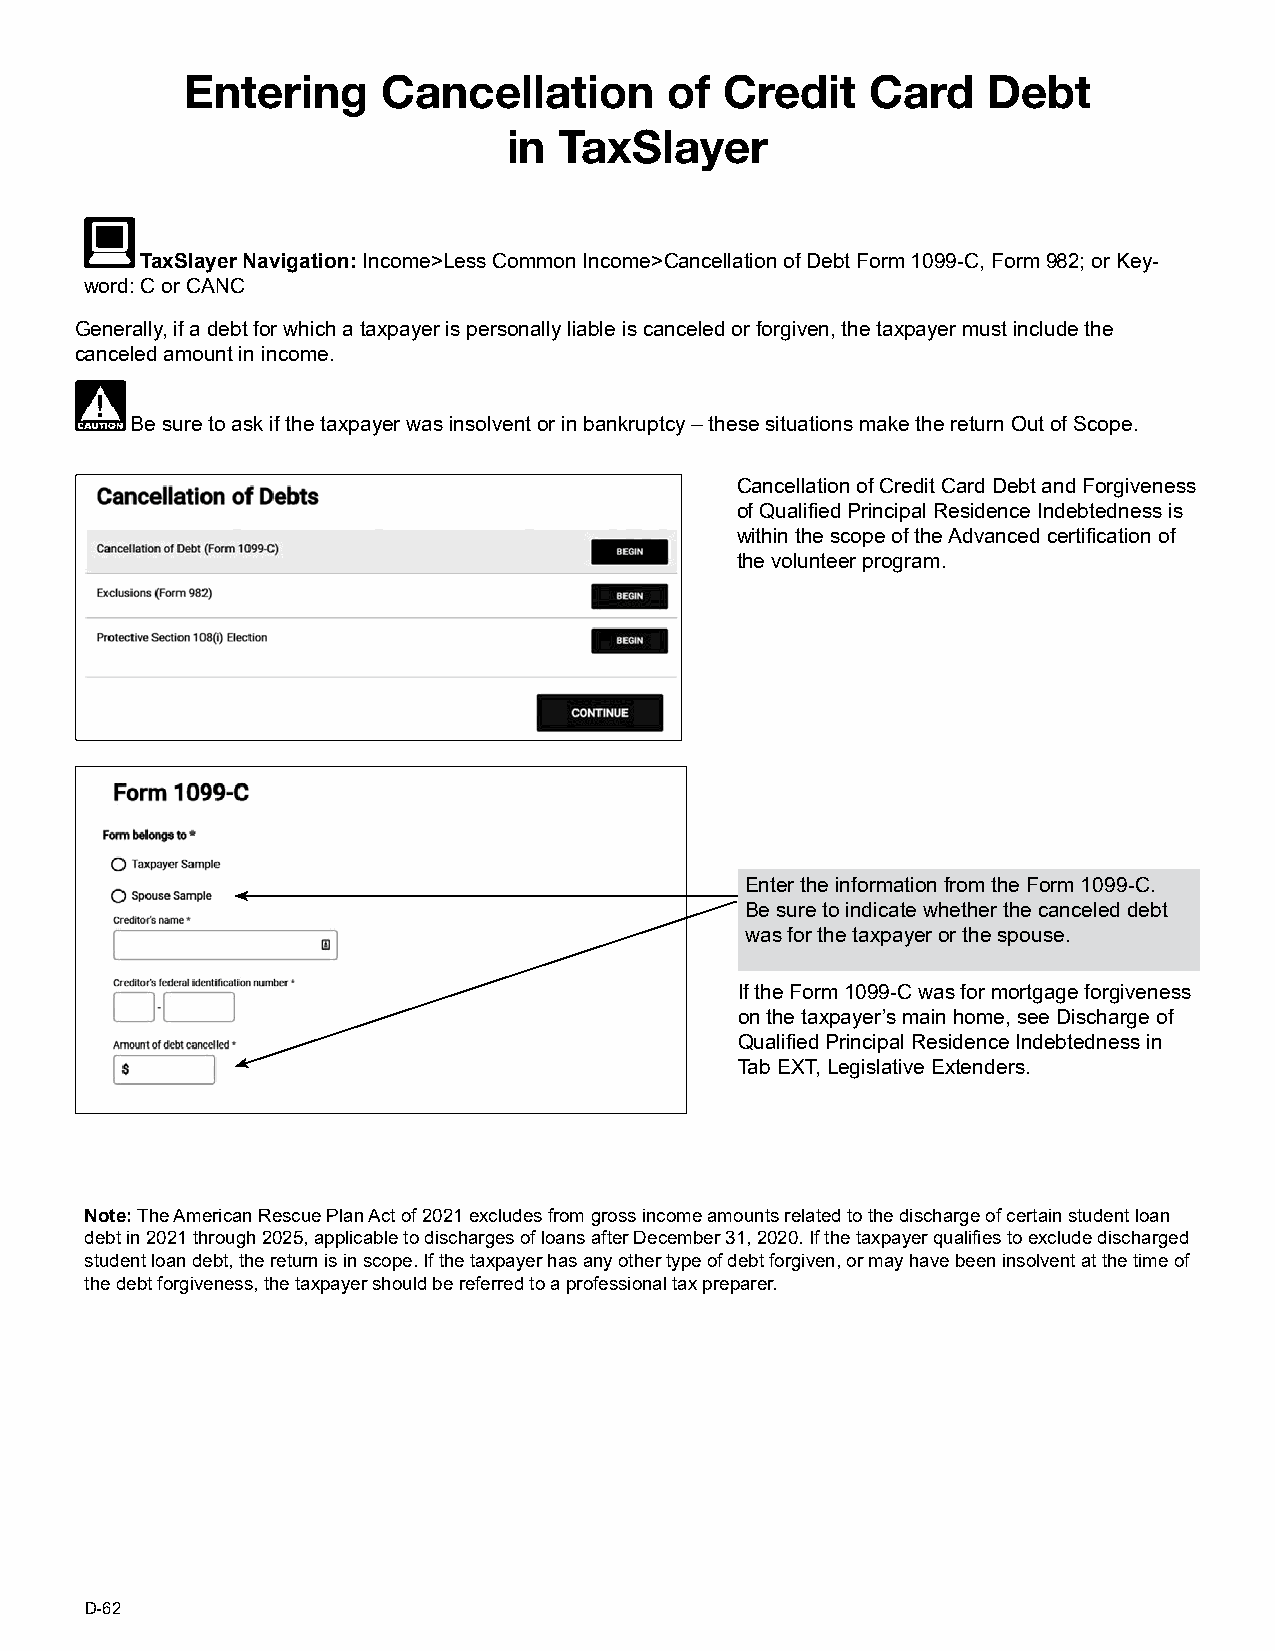
Entering     Cancellation       of  Credit    Card   Debt
 in TaxSlayer
 TaxSlayer Navigation: Income>Less Common Income>Cancellation of Debt Form 1099-C, Form 982; or Key-
 word: C or CANC
 Generally, if a debt for which a taxpayer is personally liable is canceled or forgiven, the taxpayer must include the
 canceled amount in income.
 Be sure to ask if the taxpayer was insolvent or in bankruptcy – these situations make the return Out of Scope.
 Cancellation of Credit Card Debt and Forgiveness
 of Qualified Principal Residence Indebtedness is
 within the scope of the Advanced certification of
 the volunteer program.
 Enter the information from the Form 1099-C.
 Be sure to indicate whether the canceled debt
 was for the taxpayer or the spouse.
 If the Form 1099-C was for mortgage forgiveness
 on the taxpayer’s main home, see Discharge of
 Qualified Principal Residence Indebtedness in
 Tab EXT, Legislative Extenders.
 Note: The American Rescue Plan Act of 2021 excludes from gross income amounts related to the discharge of certain student loan
 debt in 2021 through 2025, applicable to discharges of loans after December 31, 2020. If the taxpayer qualifies to exclude discharged
 student loan debt, the return is in scope. If the taxpayer has any other type of debt forgiven, or may have been insolvent at the time of
 the debt forgiveness, the taxpayer should be referred to a professional tax preparer.
 D-62